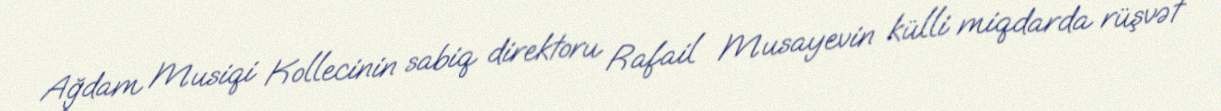
Ağdam Musiqi Kollecinin sabiq direktoru Rafail Musayevin külli miqdarda rüşvət